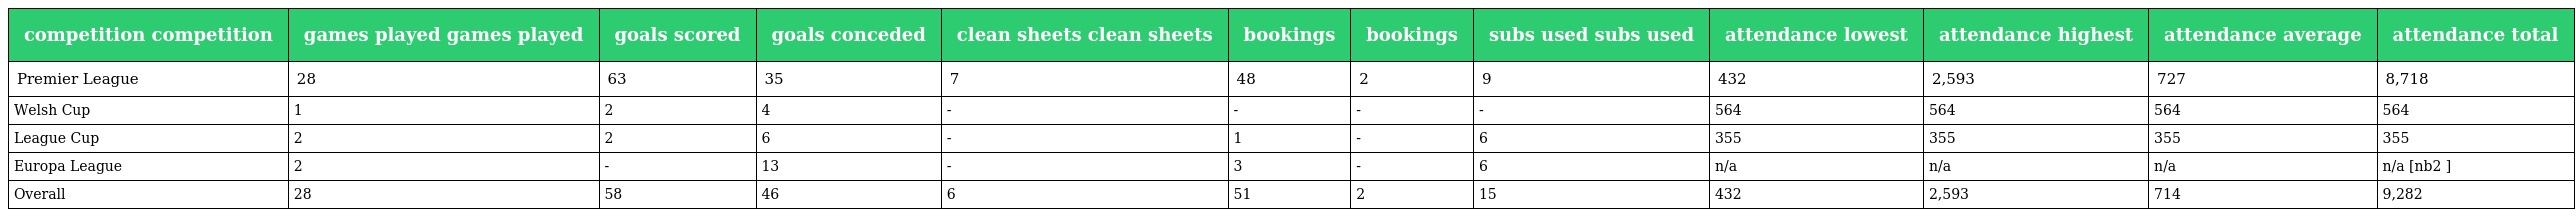
| competition competition | games played games played | goals scored | goals conceded | clean sheets clean sheets | bookings | bookings | subs used subs used | attendance lowest | attendance highest | attendance average | attendance total |
 | --- | --- | --- | --- | --- | --- | --- | --- | --- | --- | --- | --- |
 | Premier League | 28 | 63 | 35 | 7 | 48 | 2 | 9 | 432 | 2,593 | 727 | 8,718 |
 | Welsh Cup | 1 | 2 | 4 | - | - | - | - | 564 | 564 | 564 | 564 |
 | League Cup | 2 | 2 | 6 | - | 1 | - | 6 | 355 | 355 | 355 | 355 |
 | Europa League | 2 | - | 13 | - | 3 | - | 6 | n/a | n/a | n/a | n/a [nb2 ] |
 | Overall | 28 | 58 | 46 | 6 | 51 | 2 | 15 | 432 | 2,593 | 714 | 9,282 |